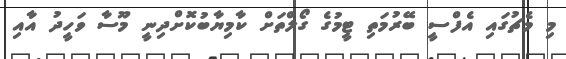
މި މެޗުގައި އެފްސީ ބޭރުމަތި ޓީމުގެ ގޯލްތަށް ކާމިޔާބުކޮށްދިނީ މޫސާ ވަހީދު އާއި